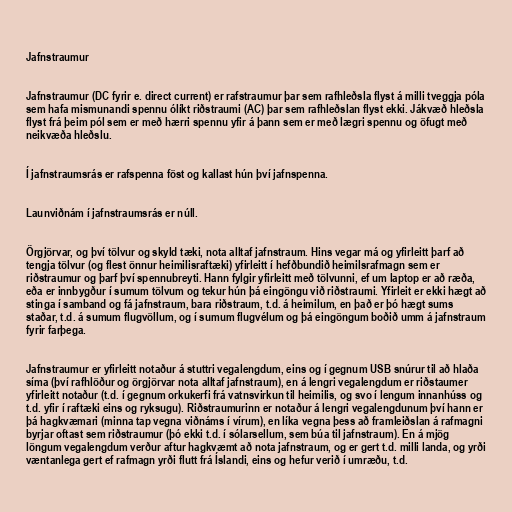
Jafnstraumur

Jafnstraumur (DC fyrir e. direct current) er rafstraumur þar sem rafhleðsla flyst á milli tveggja póla
sem hafa mismunandi spennu ólíkt riðstraumi (AC) þar sem rafhleðslan flyst ekki. Jákvæð hleðsla
flyst frá þeim pól sem er með hærri spennu yfir á þann sem er með lægri spennu og öfugt með
neikvæða hleðslu.

Í jafnstraumsrás er rafspenna föst og kallast hún því jafnspenna.

Launviðnám í jafnstraumsrás er núll.

Örgjörvar, og því tölvur og skyld tæki, nota alltaf jafnstraum. Hins vegar má og yfirleitt þarf að
tengja tölvur (og flest önnur heimilisraftæki) yfirleitt í hefðbundið heimilsrafmagn sem er
riðstraumur og þarf því spennubreyti. Hann fylgir yfirleitt með tölvunni, ef um laptop er að ræða,
eða er innbygður í sumum tölvum og tekur hún þá eingöngu við riðstraumi. Yfirleit er ekki hægt að
stinga í samband og fá jafnstraum, bara riðstraum, t.d. á heimilum, en það er þó hægt sums
staðar, t.d. á sumum flugvöllum, og í sumum flugvélum og þá eingöngum boðið umm á jafnstraum
fyrir farþega.

Jafnstraumur er yfirleitt notaður á stuttri vegalengdum, eins og í gegnum USB snúrur til að hlaða
síma (því rafhlöður og örgjörvar nota alltaf jafnstraum), en á lengri vegalengdum er riðstaumer
yfirleitt notaður (t.d. í gegnum orkukerfi frá vatnsvirkun til heimilis, og svo í lengum innanhúss og
t.d. yfir í raftæki eins og ryksugu). Riðstraumurinn er notaður á lengri vegalengdunum því hann er
þá hagkvæmari (minna tap vegna viðnáms í vírum), en líka vegna þess að framleiðslan á rafmagni
byrjar oftast sem riðstraumur (þó ekki t.d. í sólarsellum, sem búa til jafnstraum). En á mjög
löngum vegalengdum verður aftur hagkvæmt að nota jafnstraum, og er gert t.d. milli landa, og yrði
væntanlega gert ef rafmagn yrði flutt frá Íslandi, eins og hefur verið í umræðu, t.d.